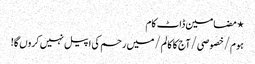
⋆ مضامین ڈاٹ کام
ہوم/خصوصی/آج کا کالم/میں رحم کی اپیل نہیں کروں گا!